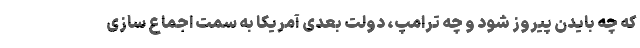
که چه بایدن پیروز شود و چه ترامپ، دولت بعدی آمریکا به سمت اجماع سازی